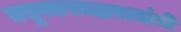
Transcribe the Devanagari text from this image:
मसुरकरमहाराजांची